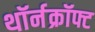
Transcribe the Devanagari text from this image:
थॉर्नक्रॉफ्ट